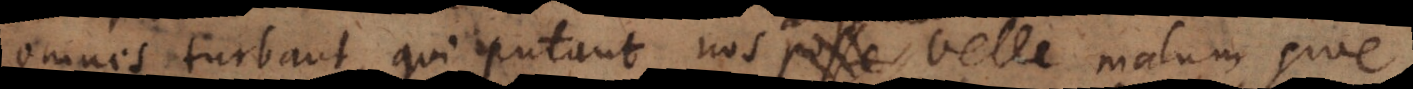
omnes turbant, qui putant nos posse aliquando velle